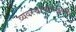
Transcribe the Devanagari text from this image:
व्यवस्थापकाजवळ